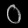
Digit: ၀